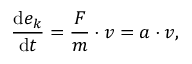
{ \frac { \mathrm { d } e _ { k } } { \mathrm { d } t } } = { \frac { F } { m } } \cdot v = a \cdot v ,